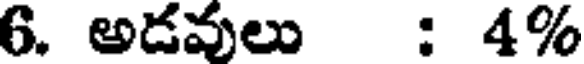
6. అడవులు : 4%